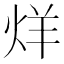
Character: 烊